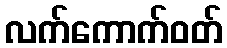
လက်ကောက်ဝတ်